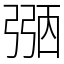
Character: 𢐀